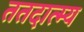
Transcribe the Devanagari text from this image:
ततदात्म्य